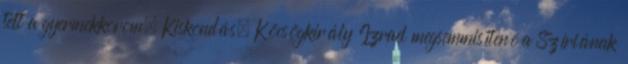
telt a gyermekkorom, Kiskondás, Köcsögkirály Izrael megsemmisítené a Szíriának